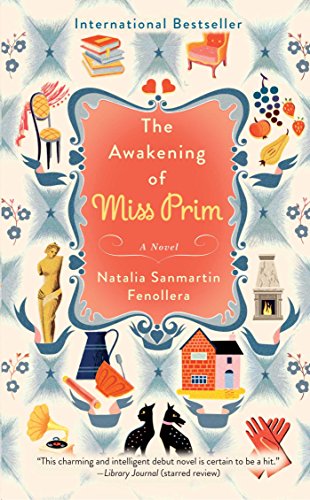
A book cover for The Awakening of Miss Prim: A Novel; Natalia Sanmartin Fenollera; Literature & Fiction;